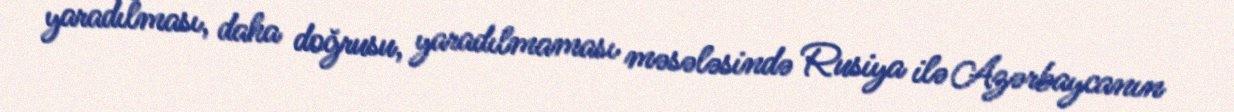
yaradılması, daha doğrusu, yaradılmaması məsələsində Rusiya ilə Azərbaycanın